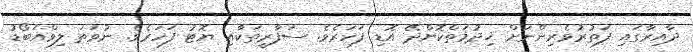
ދާއިރާގައި ފަތުރުވެރިންނަށް ޚިދުމަތްކޮށްދޭ އޮޑި ފަހަރެވެ. ސަފާރީތަކާއި ޔޮޓު ފަހަރެވެ. ނުވަތަ ލިވްއަބޯޑު